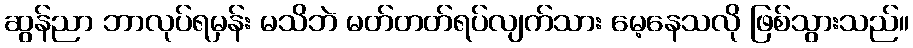
ဆွန်ညာ ဘာလုပ်ရမှန်း မသိဘဲ မတ်တတ်ရပ်လျက်သား မေ့နေသလို ဖြစ်သွားသည်။